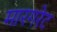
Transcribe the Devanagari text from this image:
मारगरेट